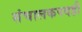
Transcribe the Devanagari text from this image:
संचालकपदही